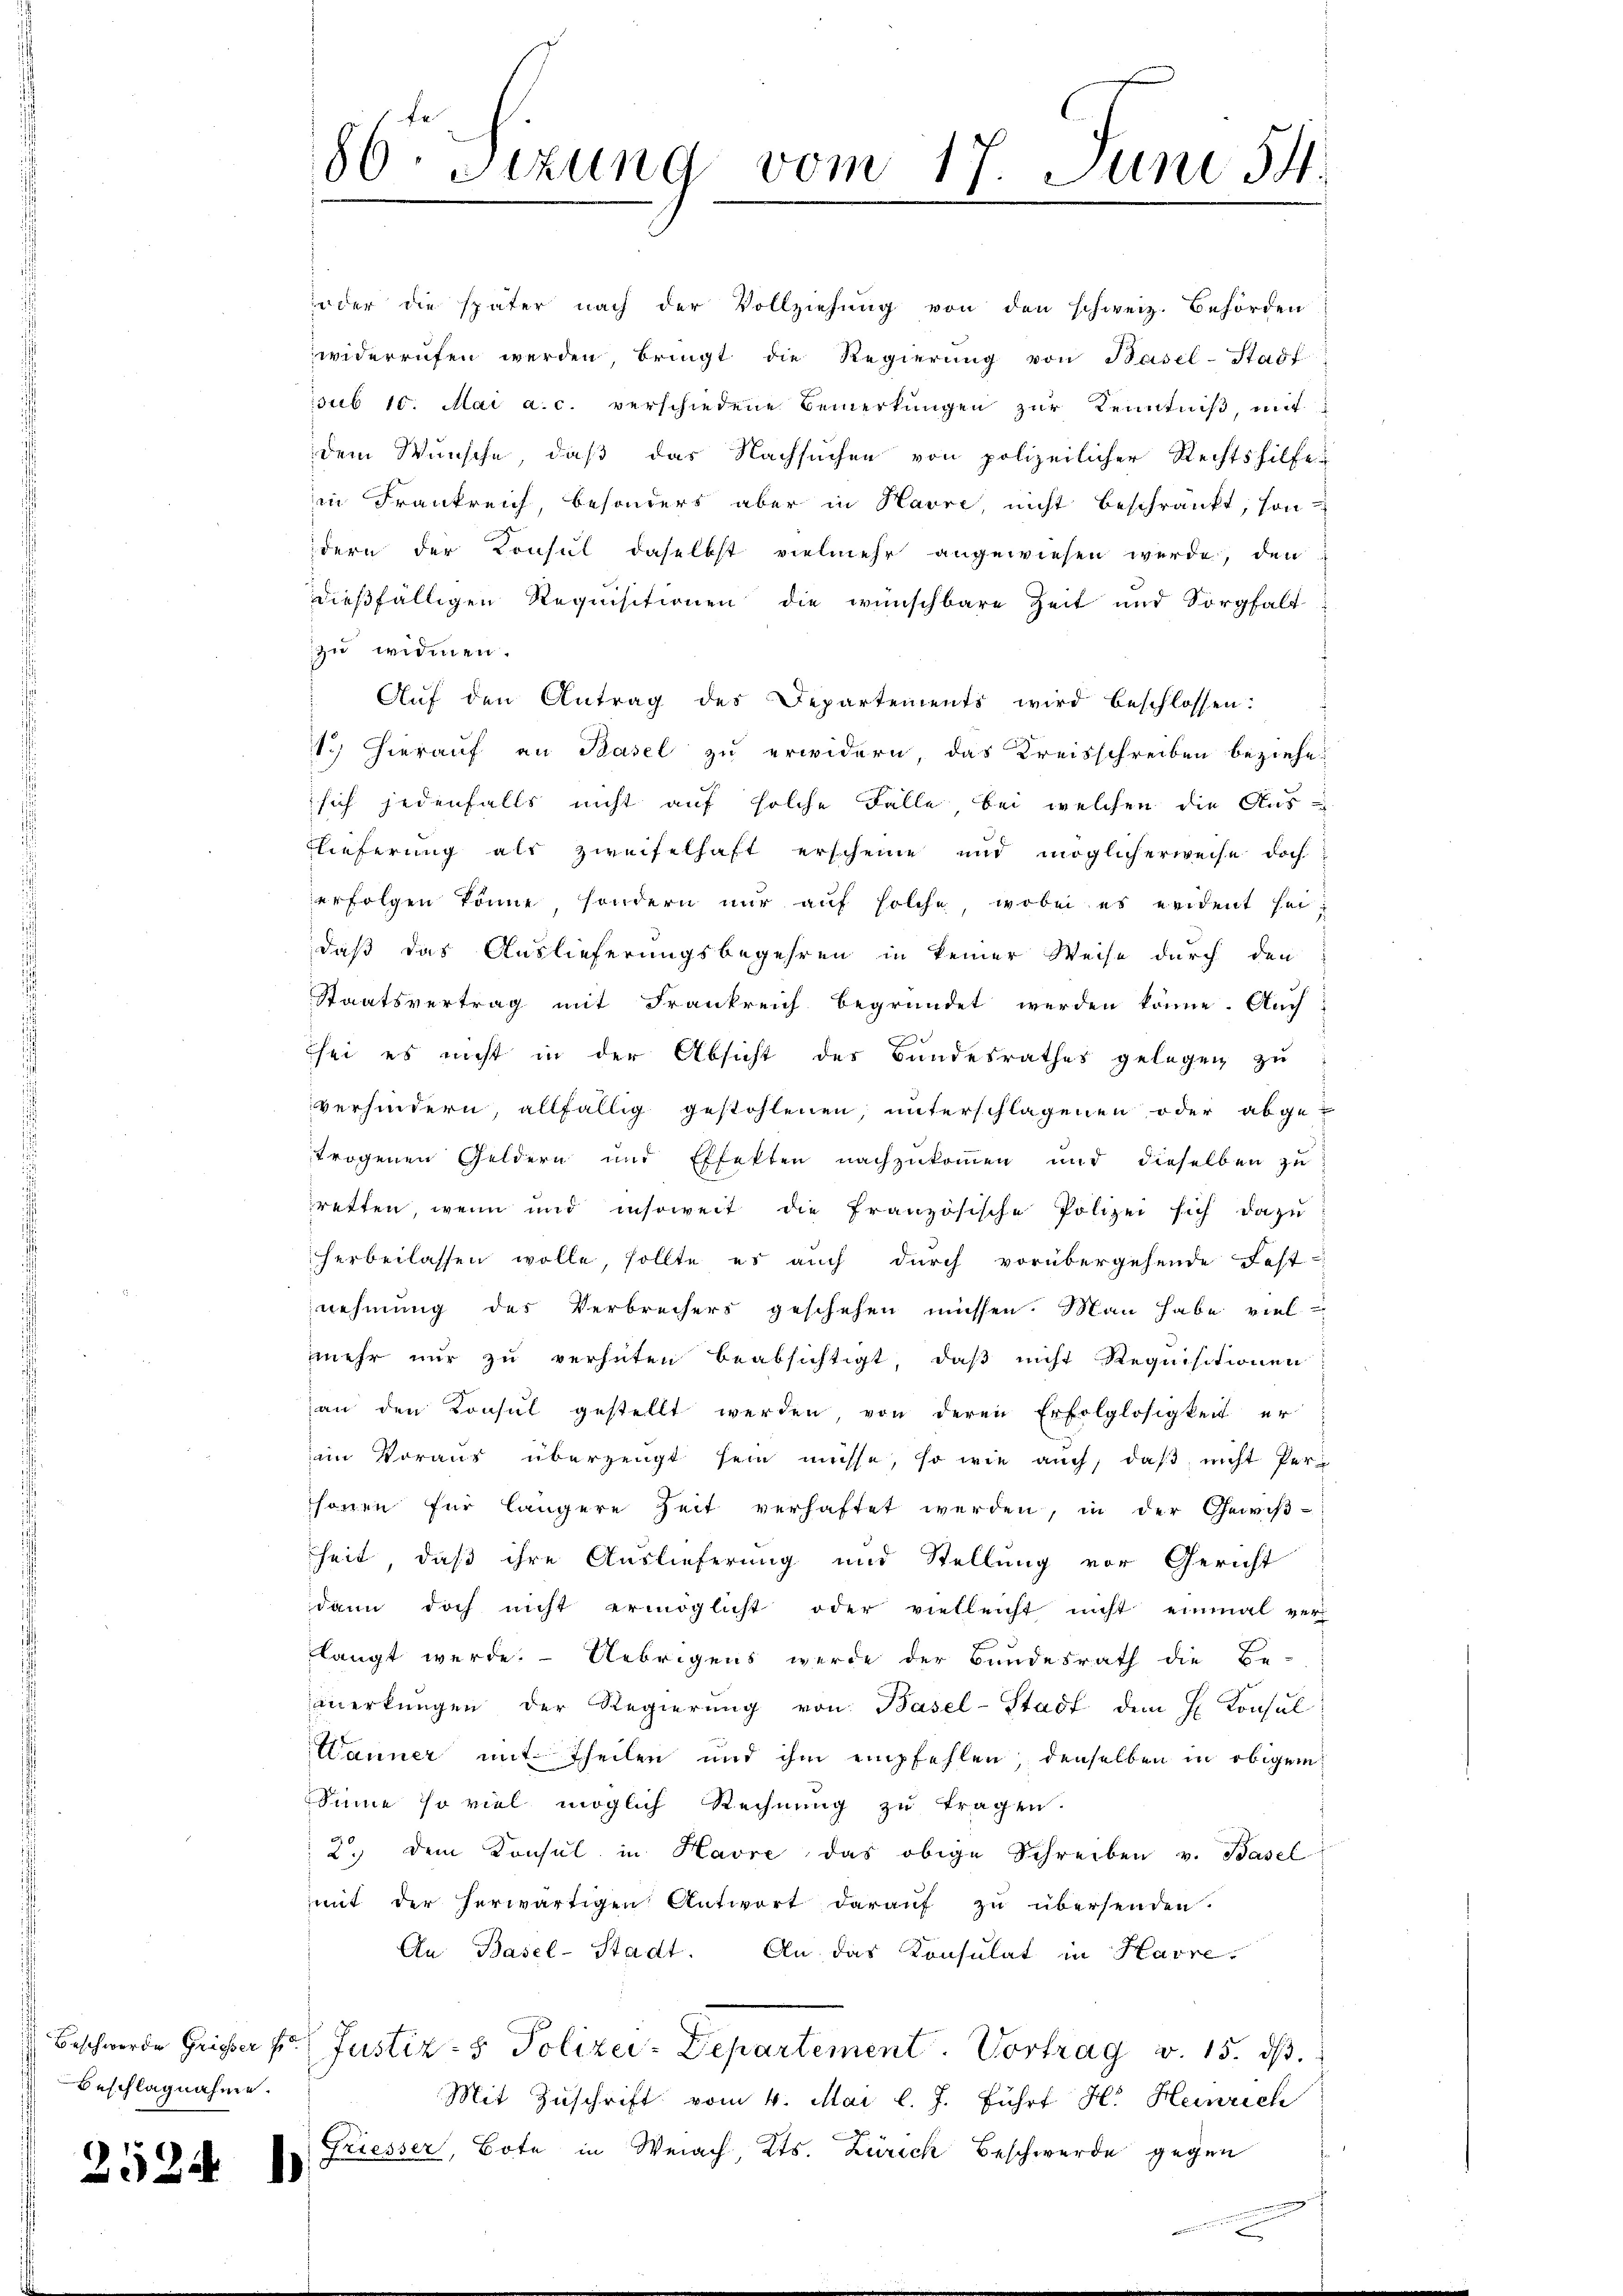
Beschlagnahme.

2524

oder die später nach der Vollziehung von den schweiz. Behörden
widerrufen werden, bringt die Regierŭng von Basel-Stadt
sub 10. Mai a. c. verschiedene Bemerkŭngen zŭr Kenntniß, mit
dem Wunsche, daß das Nachsuchen von polizeilicher Rechtshilfe
in Frankreich, besonders aber in Havre, nicht beschränkt, sondern der Konsul daselbst vielmehr angewiesen werde, den
dießfälligen Requisitionen die wünschbare Zeit und Sorgfalt
zu widmen.
Aŭf den Antrag des Departements wird beschlossen:
1.) Hierauf an Basel zu erwidern, das Kreisschreiben beziehe.
sich jedenfalls nicht auf solche Fälle bei welchen die Aus-
lieferung als zweifelhaft erscheine und möglicherweise doch
erfolgen könne, sondern nur auf solche, wobei es evident seidaß das Auslieferungsbegehren in keiner Weise durch den
Staatsvertrag mit Frankreich begründet werden könne. Auch
hei es nicht in der Absicht des Bundesrathes gelegen zŭ
verhindern, allfällig gestohlenen, unterschlagenen oder abgetrogenen Geldern und Effekten nachzukommen und dieselben zu
retten, wenn und insoweit die französische Polizei sich dazuherbeilassen wolle, sollte es auch durch vorübergehende Fest-
nehmung des Verbrechers geschehen müssen. Man habe viel
mehr nur zu verhüten beabsichtigt, daß nicht Requisitionen
an den Konsul gestellt werden, von deren Erfolglosigkeit er
am Voraus überzeugt sein müsse, so wie auch, daß nicht Perhonen für längere Zeit verhaftet werden, in der Gewiβ-
heit, daß ihre Auslieferung und Stellung vor Gericht
dann doch nicht ermöglicht oder vielleicht nicht einmal ver
langt werde. Uebrigens werde der Bundesrath die Be-
merkungen der Regierŭng von Basel-Stadt dem H. Konsul
Wanner mit Theilen und ihm empfehlen, denselben in obigem
Sinne so viel möglich Rechnung zu tragen.
 2. dem Konsul in Havre das obige Schreiben v. Basel
mit der herwärtigen Antwort daraŭf zŭ übersenden.
An Basel-Stadt. An das Konsulat in Havre
Beschwerde Geister f Justiz- & Polizei-Departement. Vortrag v. 15. ds.
Mit Zuschrift vom 4. Mai l. J. führt Hr. Heinrich
Griesser, Bote in Weiach Kts. Zürich Beschwerde gegen
)

86. Sitzung vom 17. Juni 54.
g